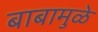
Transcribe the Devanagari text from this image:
बाबामुळे